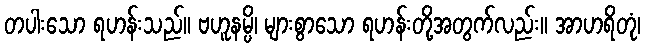
တပါးသော ရဟန်းသည်။ ဗဟူနမ္ပိ၊ များစွာသော ရဟန်းတို့အတွက်လည်း။ အာဟရိတုံ၊